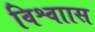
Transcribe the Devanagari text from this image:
विश्वाास